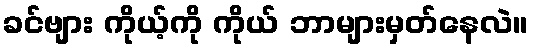
ခင်ဗျား ကိုယ့်ကို ကိုယ် ဘာများမှတ်နေလဲ။